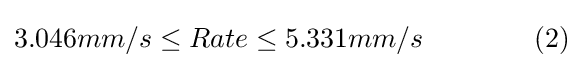
3.046mm/s\leq Rate\leq 5.331mm/s~~~~~~~~~~~~(2)